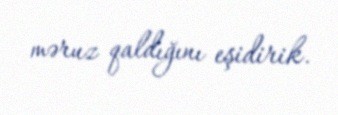
məruz qaldığını eşidirik.